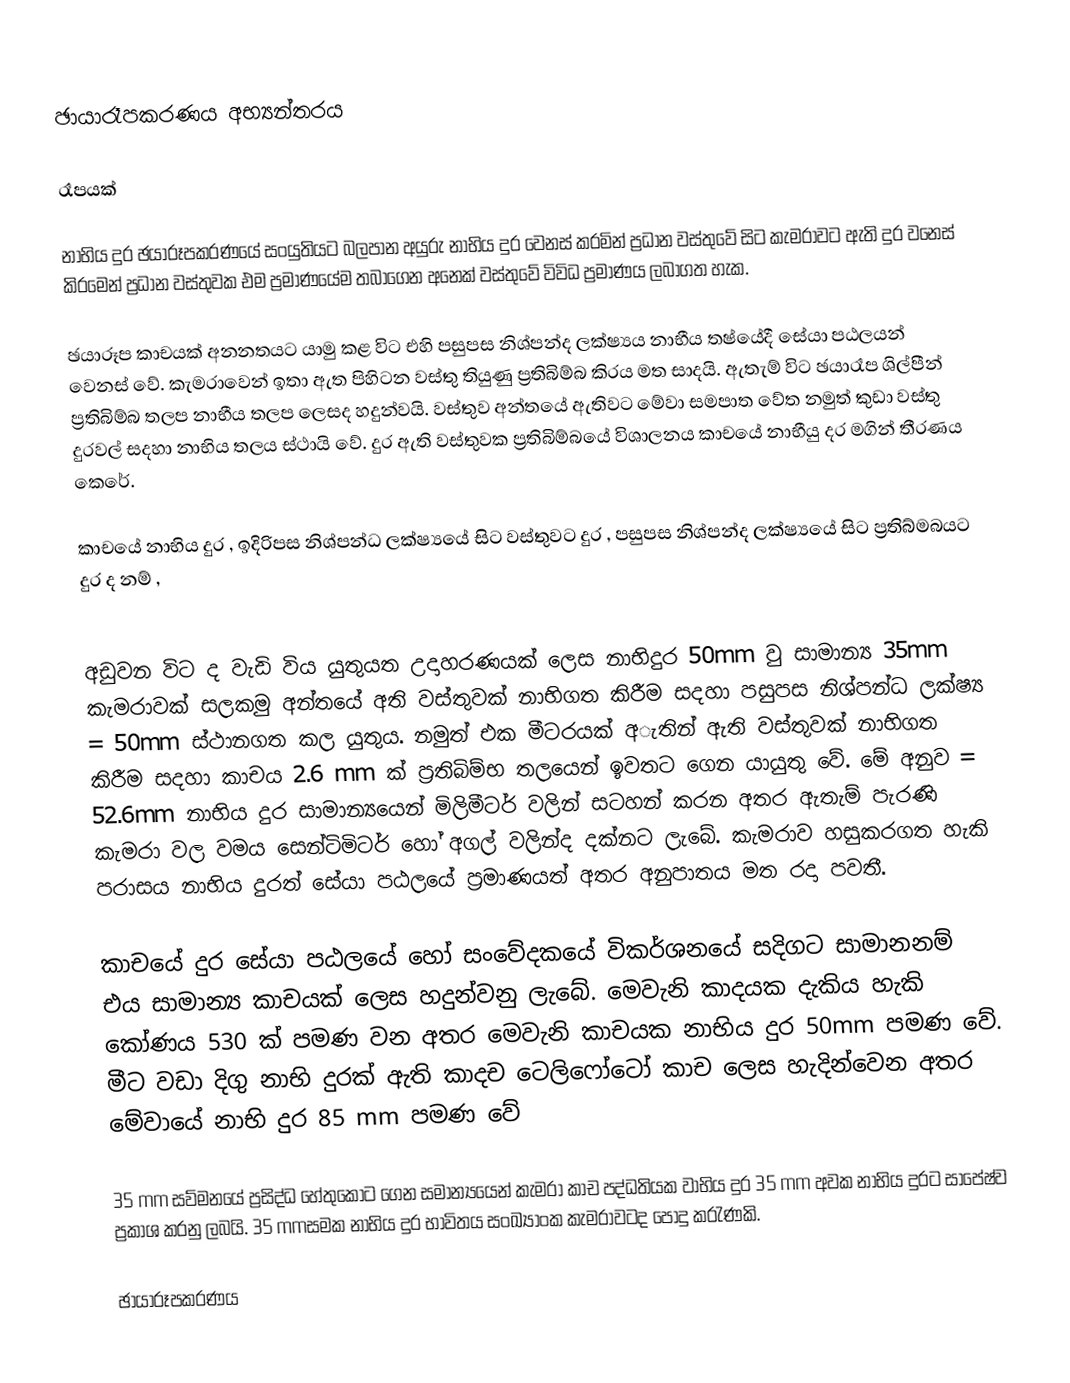
ඡායාරෑපකරණය අභ්‍යන්තරය

රෑපයක්

නාභිය දුර ඡයාරූපකරණයේ සංයුතියට බලපාන අයුරු නාභිය දුර වෙනස් කරමින් ප්‍රධාන වස්තුවේ සිට කැමරාවට ඇති දුර වනෙස් කිරමෙන් ප්‍රධාන වස්තුවක එම ප්‍රමාණයේම තබාගෙන අනෙක් වස්තුවේ විවිධ ප්‍රමාණය ලබාගත හැක.

ඡයාරූප කාචයක් අනනතයට යාමු කළ විට එහි පසුපස නිශ්පන්ද ලක්ෂ්‍යය නාභීය තෂ්යේදී සේයා පඨලයන් වෙනස් වේ. කැමරාවෙන් ඉතා ඇත පිහිටන වස්තු තියුණු ප්‍රතිබිම්බ කිරය මත සාදයි. ඇතැම් විට ඡයාරෑප ශිල්පීන් ප්‍රතිබිම්බ තලප නාභීය තලප ලෙසද හදුන්වයි. වස්තුව අන්තයේ ඇතිවට මේවා සමපාත වේත නමුත් කුඩා වස්තු දුරවල් සදහා නාභිය තලය ස්ථායි වේ. දුර ඇති වස්තුවක ප්‍රතිබිම්බයේ විශාලනය කාචයේ නාභීයු දර මගින් තීරණය කෙරේ.

කාචයේ නාභිය දුර  , ඉදිරිපස නිශ්පන්ධ ලක්ෂ්‍යයේ සිට වස්තුවට දුර  , පසුපස නිශ්පන්ද ලක්ෂ්‍යයේ සිට ප්‍රතිබ්මබයට දුර  ද නම් ,

 අඩුවන විට  ද වැඩි විය යුතුයත උදාහරණයක් ලෙස නාභිදුර 50mm වු සාමාන්‍ය 35mm කැමරාවක් සලකමු අන්තයේ අති වස්තුවක් නාභිගත කිරීම සදහා පසුපස නිශ්පන්ධ ලක්ෂ්‍ය   = 50mm ස්ථානගත කල යුතුය. නමුත් එක මීටරයක් අැතින් ඇති වස්තුවක් නාභිගත කිරීම සදහා කාචය 2.6 mm ක් ප්‍රතිබිම්භ තලයෙන් ඉවතට ගෙන යායුතු වේ. මේ අනුව   = 52.6mm නාභිය දුර සාමාන්‍යයෙන් මිලිමීටර් වලින් සටහන් කරන අතර ඇතැම් පැරණි කැමරා වල වමය සෙන්ටිමිටර් හෝ අගල් වලින්ද දක්නට ලැබේ. කැමරාව හසුකරගත හැකි පරාසය නාභිය දුරත් සේයා පඨලයේ ප්‍රමාණයත් අතර අනුපාතය මත රදා පවතී.

කාචයේ දුර සේයා පඨලයේ හෝ සංවේදකයේ විකර්ශනයේ සදිගට සාමානනම් එය සාමාන්‍ය කාචයක් ලෙස හදුන්වනු ලැබේ. මෙවැනි කාදයක දැකිය හැකි කෝණය 530 ක් පමණ වන අතර මෙවැනි කාචයක නාභිය දුර 50mm පමණ වේ. මීට වඩා දිගු නාභි දුරක් ඇති කාදච ටෙලිෆෝටෝ කාච ලෙස හැදින්වෙන අතර මේවායේ නාභි දුර 85 mm පමණ වේ

35 mm සව්මනයේ ප්‍රසිද්ධ හේතුකොට ගෙන සමාන්‍යයෙන් කැමරා කාච පද්ධතියක වාභිය දුර 35 mm අවක නාභිය දුරට සාපේෂ්ව ප්‍රකාශ කරනු ලබයි. 35 mmසමක නාභිය දුර භාවිතය සංඛ්‍යාංක කැමරාවටද පොදු කරැණකි.

ඡායාරූපකරණය